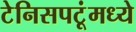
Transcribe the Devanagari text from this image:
टेनिसपटूंमध्ये